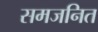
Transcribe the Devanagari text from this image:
समजनित